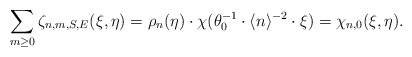
\begin{align*}\sum_{m\ge 0} \zeta_{n,m,S,E}(\xi,\eta)=\rho_n(\eta)\cdot \chi(\theta_0^{-1}\cdot \langle n\rangle^{-2}\cdot \xi)=\chi_{n,0}(\xi,\eta).\end{align*}